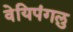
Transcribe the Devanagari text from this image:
वेयिपंगलु